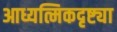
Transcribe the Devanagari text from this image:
आध्यत्मिकदृष्ट्या